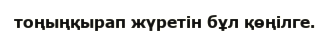
тоңыңқырап жүретін бұл қөңілге.